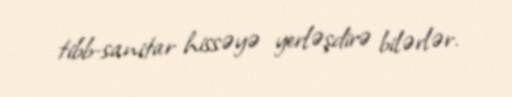
tibb-sanitar hissəyə yerləşdirə bilərlər.